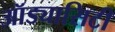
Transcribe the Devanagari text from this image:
ऑड्यासिटी